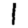
Digit: 1